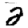
Digit: 2